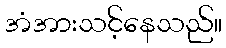
အံအားသင့်နေသည်။